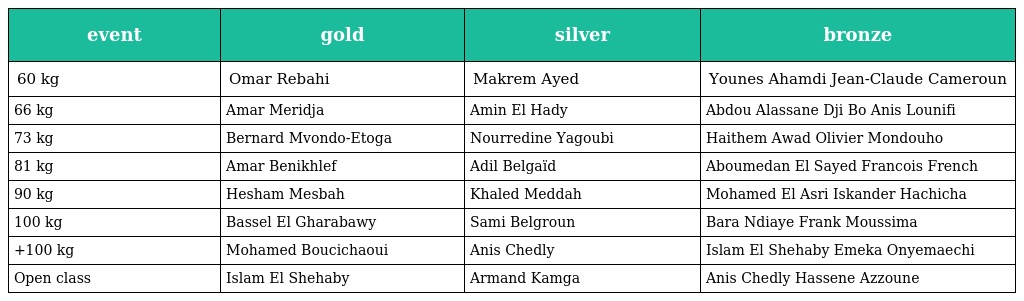
| event | gold | silver | bronze |
 | --- | --- | --- | --- |
 | 60 kg | Omar Rebahi | Makrem Ayed | Younes Ahamdi Jean-Claude Cameroun |
 | 66 kg | Amar Meridja | Amin El Hady | Abdou Alassane Dji Bo Anis Lounifi |
 | 73 kg | Bernard Mvondo-Etoga | Nourredine Yagoubi | Haithem Awad Olivier Mondouho |
 | 81 kg | Amar Benikhlef | Adil Belgaïd | Aboumedan El Sayed Francois French |
 | 90 kg | Hesham Mesbah | Khaled Meddah | Mohamed El Asri Iskander Hachicha |
 | 100 kg | Bassel El Gharabawy | Sami Belgroun | Bara Ndiaye Frank Moussima |
 | +100 kg | Mohamed Boucichaoui | Anis Chedly | Islam El Shehaby Emeka Onyemaechi |
 | Open class | Islam El Shehaby | Armand Kamga | Anis Chedly Hassene Azzoune |